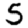
Digit: 5